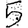
Digit: 5